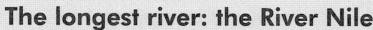
The longest river: the River Nile